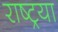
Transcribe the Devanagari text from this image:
राष्ट्रया